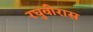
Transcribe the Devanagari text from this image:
रघुवीरास